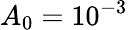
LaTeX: A_{0}=10^{-3}